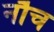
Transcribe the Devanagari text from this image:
नौच